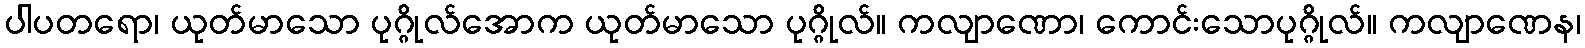
ပါပတရော၊ ယုတ်မာသော ပုဂ္ဂိုလ်အောက ယုတ်မာသော ပုဂ္ဂိုလ်။ ကလျာဏော၊ ကောင်းသောပုဂ္ဂိုလ်။ ကလျာဏေန၊